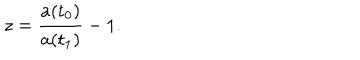
z = \frac { a ( { \sf t } _ { 0 } ) } { a ( { \sf t } _ { 1 } ) } - 1 .